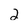
Character: 2